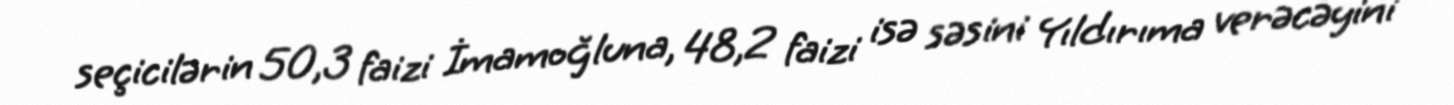
seçicilərin 50,3 faizi İmamoğluna, 48,2 faizi isə səsini Yıldırıma verəcəyini